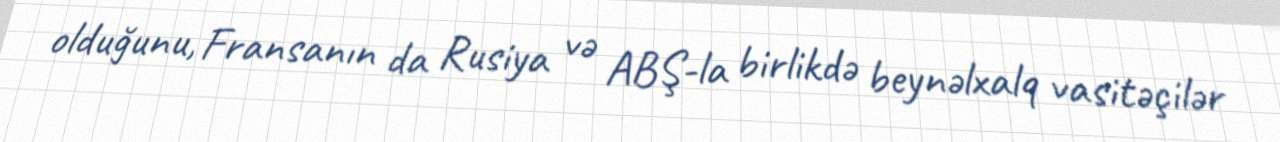
olduğunu, Fransanın da Rusiya və ABŞ-la birlikdə beynəlxalq vasitəçilər